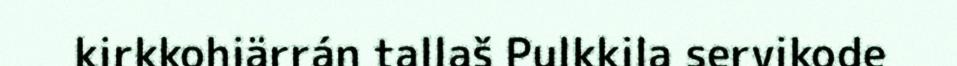
kirkkohiärrán tallaš Pulkkila servikode